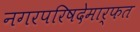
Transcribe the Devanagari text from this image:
नगरपरिषदेमार्फत